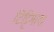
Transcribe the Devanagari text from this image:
टिट्टिमाद्य